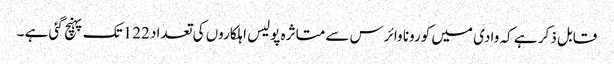
قابل ذکر ہے کہ وادی میں کورونا وائرس سے متاثرہ پولیس اہلکاروں کی تعداد 122تک پہنچ گئی ہے ۔